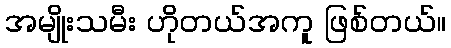
အမျိုးသမီး ဟိုတယ်အကူ ဖြစ်တယ်။